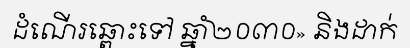
ដំណើរឆ្ពោះទៅ ឆ្នាំ២០៣០» និងដាក់